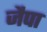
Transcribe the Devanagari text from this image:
जैपा